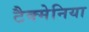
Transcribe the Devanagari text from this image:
टैक्मेनिया